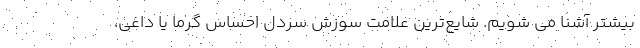
بیشتر آشنا می شویم. شایع‌ترین علامت سوزش سردل احساس گرما یا داغی،